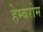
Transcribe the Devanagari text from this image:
हेम्बरोम